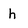
Character: h